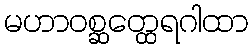
မဟာဝစ္ဆတ္ထေရဂါထာ